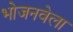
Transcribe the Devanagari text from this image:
भोजनवेला